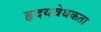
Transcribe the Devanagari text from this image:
हृदयवेधकता